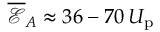
\overline { { \mathcal { E } } } _ { A } \approx 3 6 - 7 0 \, U _ { \mathrm { p } }